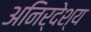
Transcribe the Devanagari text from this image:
अनिर्देश्य